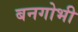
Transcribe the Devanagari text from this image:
बनगोभी